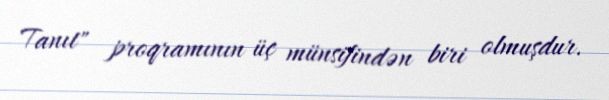
Tanıt" proqramının üç münsifindən biri olmuşdur.